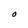
Character: O